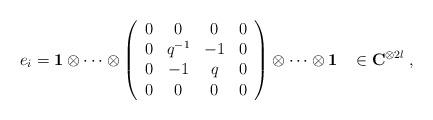
LaTeX: \begin{align*}e_{i}={\bf 1}\otimes \cdots \otimes \left(\begin{array}{cccc} 0&0&0&0\\ 0&q^{-1}&-1&0\\ 0&-1&q&0\\ 0&0&0&0 \end{array}\right) \otimes \cdots \otimes{\bf 1}\;\;\; \in {\bf C}^{\otimes 2l}\;, \end{align*}